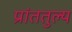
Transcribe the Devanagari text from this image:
प्रांततुल्य